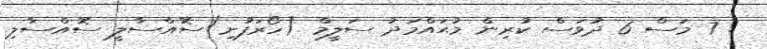
! 7 މަސް 6 ދުވަސް ކުރިން މުޙައްމަދު ސަލީމް (ހޯރަފުށި)ސޮއްސާލީ ސޮއްސާލި